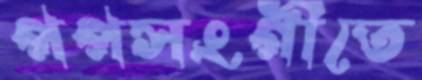
পপসংগীতে